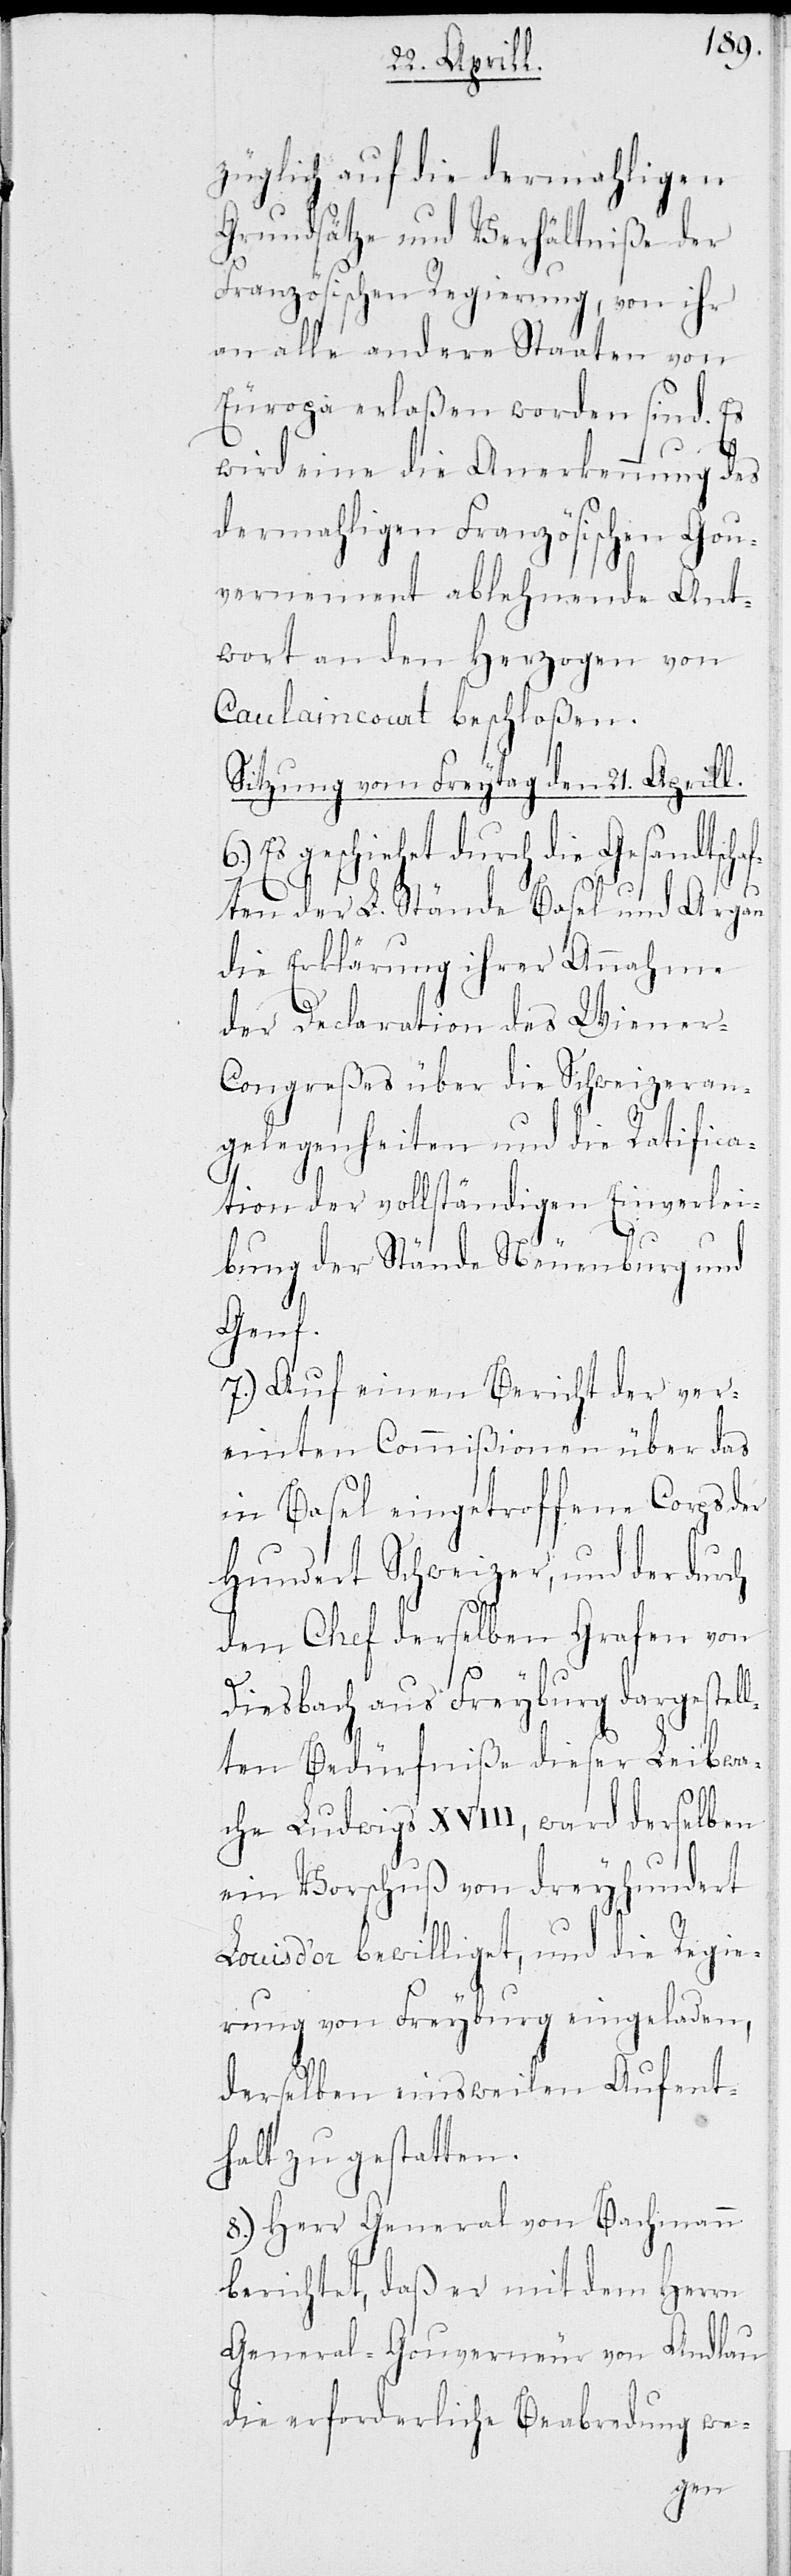
züglich auf die dermahligen
Grundsätze und Verhältniße der
Französischen Regierung, von ihr
an alle andere Staaten von
Europa erlaßen worden sind. Es
wird eine die Anerkennung des
dermahligen Französischen Gou¬
vernement ablehnende Ant¬
wort an den Herzogen von
Caulaincourt beschloßen.
Sitzung vom Freytag den 21. Aprill.
Es geschieht durch die Gesandtschaf¬
ten der L. Stände Basel und Argau
die Erklärung ihrer Annahme
der Declaration des Wiener-C¬
ongreßes über die Schweizeran¬
gelegenheiten und die Ratifica¬
tion der vollständigen Einverlei¬
bung der Stände Neuenburg und
Genf.
7.) Auf einen Bericht der ver¬
einten Commißionen über das
in Basel eingetroffene Corps der
Hundert Schweizer, und der durch
den Chef derselben Grafen von
Diesbach aus Freyburg dargestel¬
lten Bedürfniße dieser Leibwa¬
che Ludwigs XVIII, ward derselben
ein Vorschuß von dreyhundert
Louis d’or bewilliget, und die Regie¬
rung von Freyburg eingeladen,
derselben einsweilen Aufent¬
halt zu gestatten.
8.) Herr General von Bachmann
berichtet, daß er mit dem Herrn
General-Gouverneur von Andlau
die erforderliche Beabredung we-